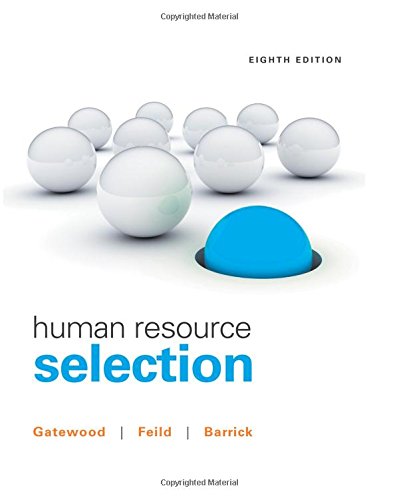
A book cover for Human Resource Selection; Robert Gatewood; Business & Money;